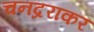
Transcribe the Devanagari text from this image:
चनद्रराकर